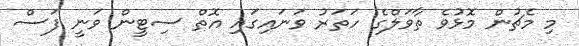
މި މެޗުން މޮޅުވެ ތާވަލްގެ ހަތަރު ވަނައިގައި އޮތް ސިޓީން ވަނީ ފަސް